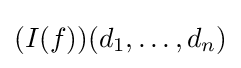
(I(f))(d_{1},\ldots ,d_{n})